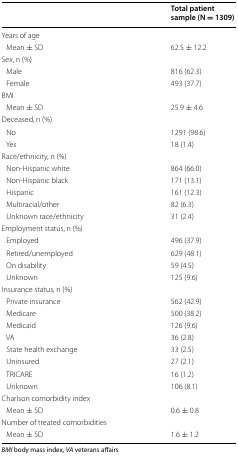
<table><thead><tr><td></td><td><b>Total patient sample (N = 1309)</b></td></tr></thead><tbody><tr><td>Years of age</td><td></td></tr><tr><td> Mean ± SD</td><td>62.5 ± 12.2</td></tr><tr><td>Sex, n (%)</td><td></td></tr><tr><td> Male</td><td>816 (62.3)</td></tr><tr><td> Female</td><td>493 (37.7)</td></tr><tr><td>BMI</td><td></td></tr><tr><td> Mean ± SD</td><td>25.9 ± 4.6</td></tr><tr><td>Deceased, n (%)</td><td></td></tr><tr><td> No</td><td>1291 (98.6)</td></tr><tr><td> Yes</td><td>18 (1.4)</td></tr><tr><td>Race/ethnicity, n (%)</td><td></td></tr><tr><td> Non-Hispanic white</td><td>864 (66.0)</td></tr><tr><td> Non-Hispanic black</td><td>171 (13.1)</td></tr><tr><td> Hispanic</td><td>161 (12.3)</td></tr><tr><td> Multiracial/other</td><td>82 (6.3)</td></tr><tr><td> Unknown race/ethnicity</td><td>31 (2.4)</td></tr><tr><td>Employment status, n (%)</td><td></td></tr><tr><td> Employed</td><td>496 (37.9)</td></tr><tr><td> Retired/unemployed</td><td>629 (48.1)</td></tr><tr><td> On disability</td><td>59 (4.5)</td></tr><tr><td> Unknown</td><td>125 (9.6)</td></tr><tr><td>Insurance status, n (%)</td><td></td></tr><tr><td> Private insurance</td><td>562 (42.9)</td></tr><tr><td> Medicare</td><td>500 (38.2)</td></tr><tr><td> Medicaid</td><td>126 (9.6)</td></tr><tr><td> VA</td><td>36 (2.8)</td></tr><tr><td> State health exchange</td><td>33 (2.5)</td></tr><tr><td> Uninsured</td><td>27 (2.1)</td></tr><tr><td> TRICARE</td><td>16 (1.2)</td></tr><tr><td> Unknown</td><td>106 (8.1)</td></tr><tr><td>Charlson comorbidity index</td><td></td></tr><tr><td> Mean ± SD</td><td>0.6 ± 0.8</td></tr><tr><td>Number of treated comorbidities</td><td></td></tr><tr><td> Mean ± SD</td><td>1.6 ± 1.2</td></tr></tbody></table>